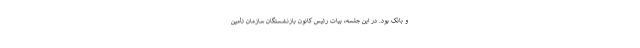
و بانک بود. در این جلسه، بیات رئیس کانون بازنشستگان سازمان تأمین